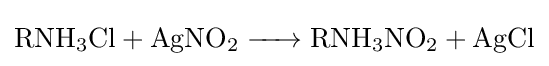
{\ce {RNH3Cl + AgNO2 -> RNH3NO2 + AgCl}}